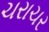
ચરાચર